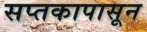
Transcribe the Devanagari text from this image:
सप्तकापासून